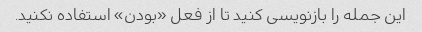
این جمله را بازنویسی کنید تا از فعل «بودن» استفاده نکنید.